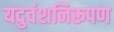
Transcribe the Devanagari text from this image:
यदुवंशनिरूपण